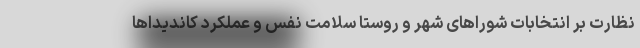
نظارت بر انتخابات شوراهای شهر و روستا سلامت نفس و عملکرد کاندیداها